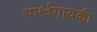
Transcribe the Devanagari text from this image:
पार्श्वगायकी